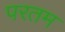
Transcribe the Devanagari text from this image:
परतम